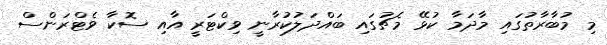
މި މުބާރާތުގައި މާދަމާ ކުޅޭ މެޗުގައި ބައްދަލުކުރާނީ ވިކްޓަރީ އާއި ސޮކާ ވެޓްރަންސް